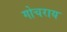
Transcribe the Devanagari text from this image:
गोचराय